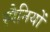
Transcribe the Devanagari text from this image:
स्पैनियों